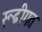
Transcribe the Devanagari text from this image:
रूढीगत